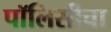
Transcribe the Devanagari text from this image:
पॉलिसीचा